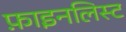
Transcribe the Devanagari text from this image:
फ़ाइनलिस्ट